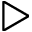
\triangleright